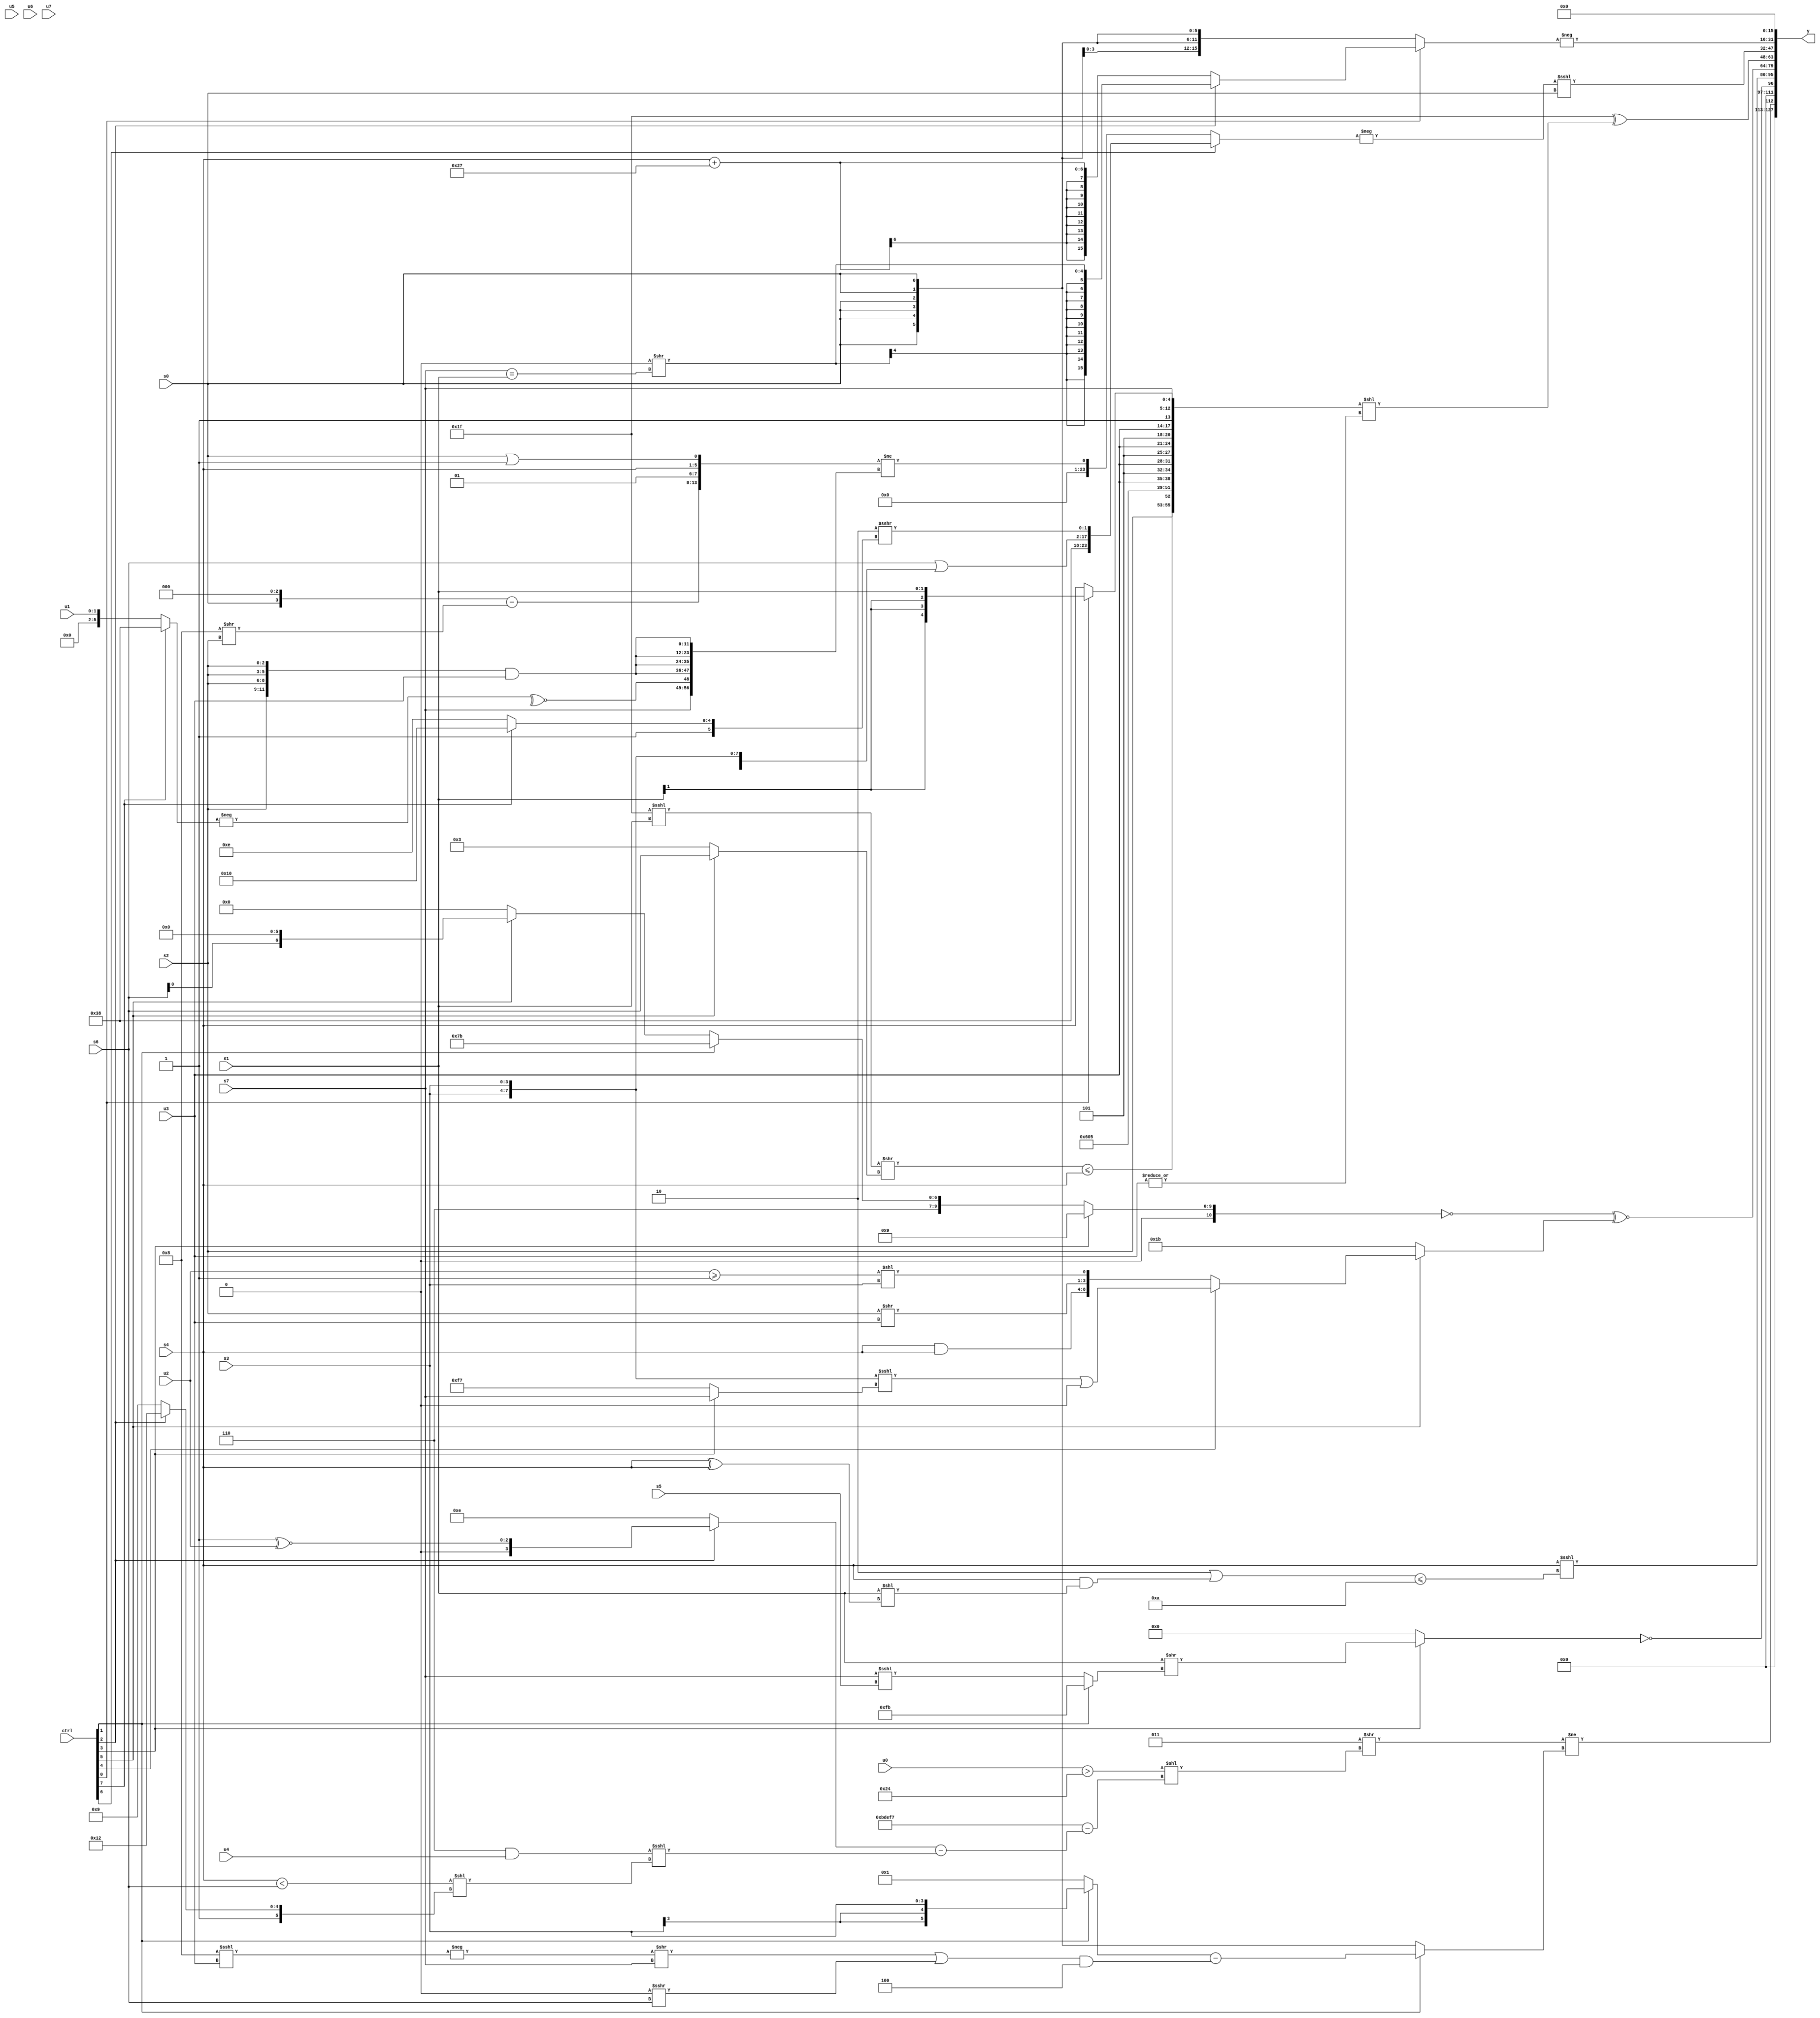
module wideexpr_00742(ctrl, u0, u1, u2, u3, u4, u5, u6, u7, s0, s1, s2, s3, s4, s5, s6, s7, y);
  input [7:0] ctrl;
  input [0:0] u0;
  input [1:0] u1;
  input [2:0] u2;
  input [3:0] u3;
  input [4:0] u4;
  input [5:0] u5;
  input [6:0] u6;
  input [7:0] u7;
  input signed [0:0] s0;
  input signed [1:0] s1;
  input signed [2:0] s2;
  input signed [3:0] s3;
  input signed [4:0] s4;
  input signed [5:0] s5;
  input signed [6:0] s6;
  input signed [7:0] s7;
  output [127:0] y;
  wire [15:0] y0;
  wire [15:0] y1;
  wire [15:0] y2;
  wire [15:0] y3;
  wire [15:0] y4;
  wire [15:0] y5;
  wire [15:0] y6;
  wire [15:0] y7;
  assign y = {y0,y1,y2,y3,y4,y5,y6,y7};
  assign y0 = ((-(3'sb101))>>(((u0)>({2{3'sb100}}))<<(({4{5'sb10111}})-(((ctrl[2]?$unsigned(((3'sb001)|(2'sb11))^~($signed(u2))):5'b01110))-(((4'b0110)&(u4))<<<(^(((s4)<(s6))<<((ctrl[2]?5'sb10010:6'sb101001)))))))))!=((ctrl[1]?((ctrl[1]?+(s3):2'sb01))-((((-(+((6'sb111000)<<<(u3))))>>(s7))|((1'sb0)>>>(s6)))&((4'sb0000)+(3'sb100))):s0));
  assign y1 = !((ctrl[3]?($signed(s1))>>((ctrl[1]?(1'sb0)|(4'sb1011):(s7)<<<(s5))):+((ctrl[3]?-(5'b01111):(6'sb001111)<=(4'sb0011)))));
  assign y2 = ($signed(s4))<<<(((2'sb10)|(+((+(+(s4)))&((s1)<<((s4)^(s4))))))<=(4'sb1010));
  assign y3 = (!((ctrl[3]?6'sb001001:{4'sb0110,(ctrl[1]?4'sb1011:(ctrl[5]?(s6)<<<(4'sb0110):-(3'sb000)))})))^~((ctrl[5]?$unsigned((ctrl[4]?(({2{s3}})<<<((ctrl[3]?s7:5'sb10111)))|((~|(u3))>>>($signed(3'sb010))):{($signed(s4))&(s4),($signed(s2))>>(u3),((u2)>=(2'sb01))<<($signed(s3))})):{2{3'sb011}}));
  assign y4 = (5'sb11111)^(+(({s2,((({2'b11,3'sb111})<<<((ctrl[7]?s1:s1)))>>((ctrl[5]?(ctrl[5]?s6:5'b10011):(ctrl[5]?3'sb000:2'sb11))))<=(s4),$signed(+($signed((4'b1001)^~(4'sb0101)))),$signed({6'b000000,{4{{3'sb101,u3}}},{1'sb1,+(s7),(ctrl[0]?s1:s4)}})})<<(-(^(|(+(u3)))))));
  assign y5 = (-((ctrl[6]?$signed({{6'sb111000,({1{s6}})|({4{s3}}),((2'sb11)<<<(1'sb1))>>>((ctrl[7]?5'sb10000:6'sb101110))}}):(({((s0)<<(3'sb011))-((6'sb111000)>>(s2)),{{2'b01,s4},(s0)|(1'sb1)}})>>>(1'sb0))!=({s7,~^(-((ctrl[7]?6'sb111000:u1))),{4{({4{s2}})&(u3)}}}))))<<<(-(s0));
  assign y6 = -((ctrl[0]?(ctrl[2]?($signed(((s4)<<(3'sb101))>>((s7)==(s1))))<<(4'sb0000):(s4)+(+(6'sb100111))):$signed(s0)));
  assign y7 = 1'sb0;
endmodule